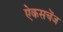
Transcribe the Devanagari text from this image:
ऐकसचेंज